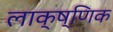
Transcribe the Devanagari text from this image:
लाक्ष्णिक